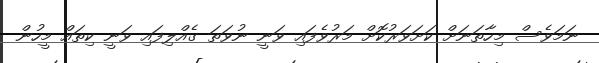
ނަމަވެސް މިހާތަނަށް ކަށަވަރުކޮށް މަރުވެފައި ވަނީ ނުވަތަ ގެއްލިފައި ވަނީ ކިތައް މީހުން